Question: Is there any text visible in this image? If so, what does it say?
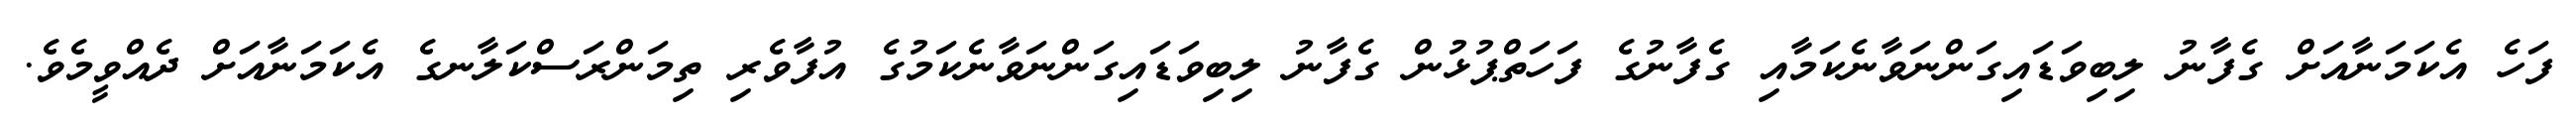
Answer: ފަހެ އެކަމަނާއަށް ގެފާނު ލިބިވަޑައިގަންނަވާނެކަމާއި ގެފާނުގެ ފަހަތްޕުޅުން ގެފާނު ލިބިވަޑައިގަންނަވާނެކަމުގެ އުފާވެރި ތިމަންރަސްކަލާނގެ އެކަމަނާއަށް ދެއްވީމެވެ.